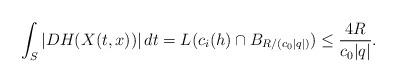
LaTeX: \begin{align*} \int_S |DH(X(t, x))| \, dt = L(c_i (h) \cap B_{R/(c_0 |q|)}) \leq \frac{4R}{c_0 |q|}.\end{align*}